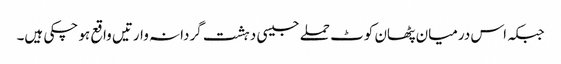
جبکہ اس درمیان پٹھان کوٹ حملے جیسی دہشت گردانہ وارتیں واقع ہو چکی ہیں۔